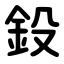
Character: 鈠